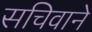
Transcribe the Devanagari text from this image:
सचिवाने